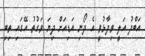
އަބްދު އަލީ ވިދާޅުވީ އެ ދޯނި އަޑިއަށް ދިޔަ ވަގުތު އޭގައި ތިބި